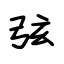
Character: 弦